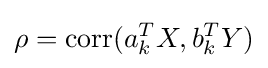
\rho =\operatorname {corr} (a_{k}^{T}X,b_{k}^{T}Y)